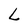
Character: L